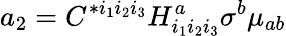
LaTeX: a_{2}=C^{*i_{1}i_{2}i_{3}}H_{i_{1}i_{2}i_{3}}^{a}\sigma^{b}\mu_{ab}